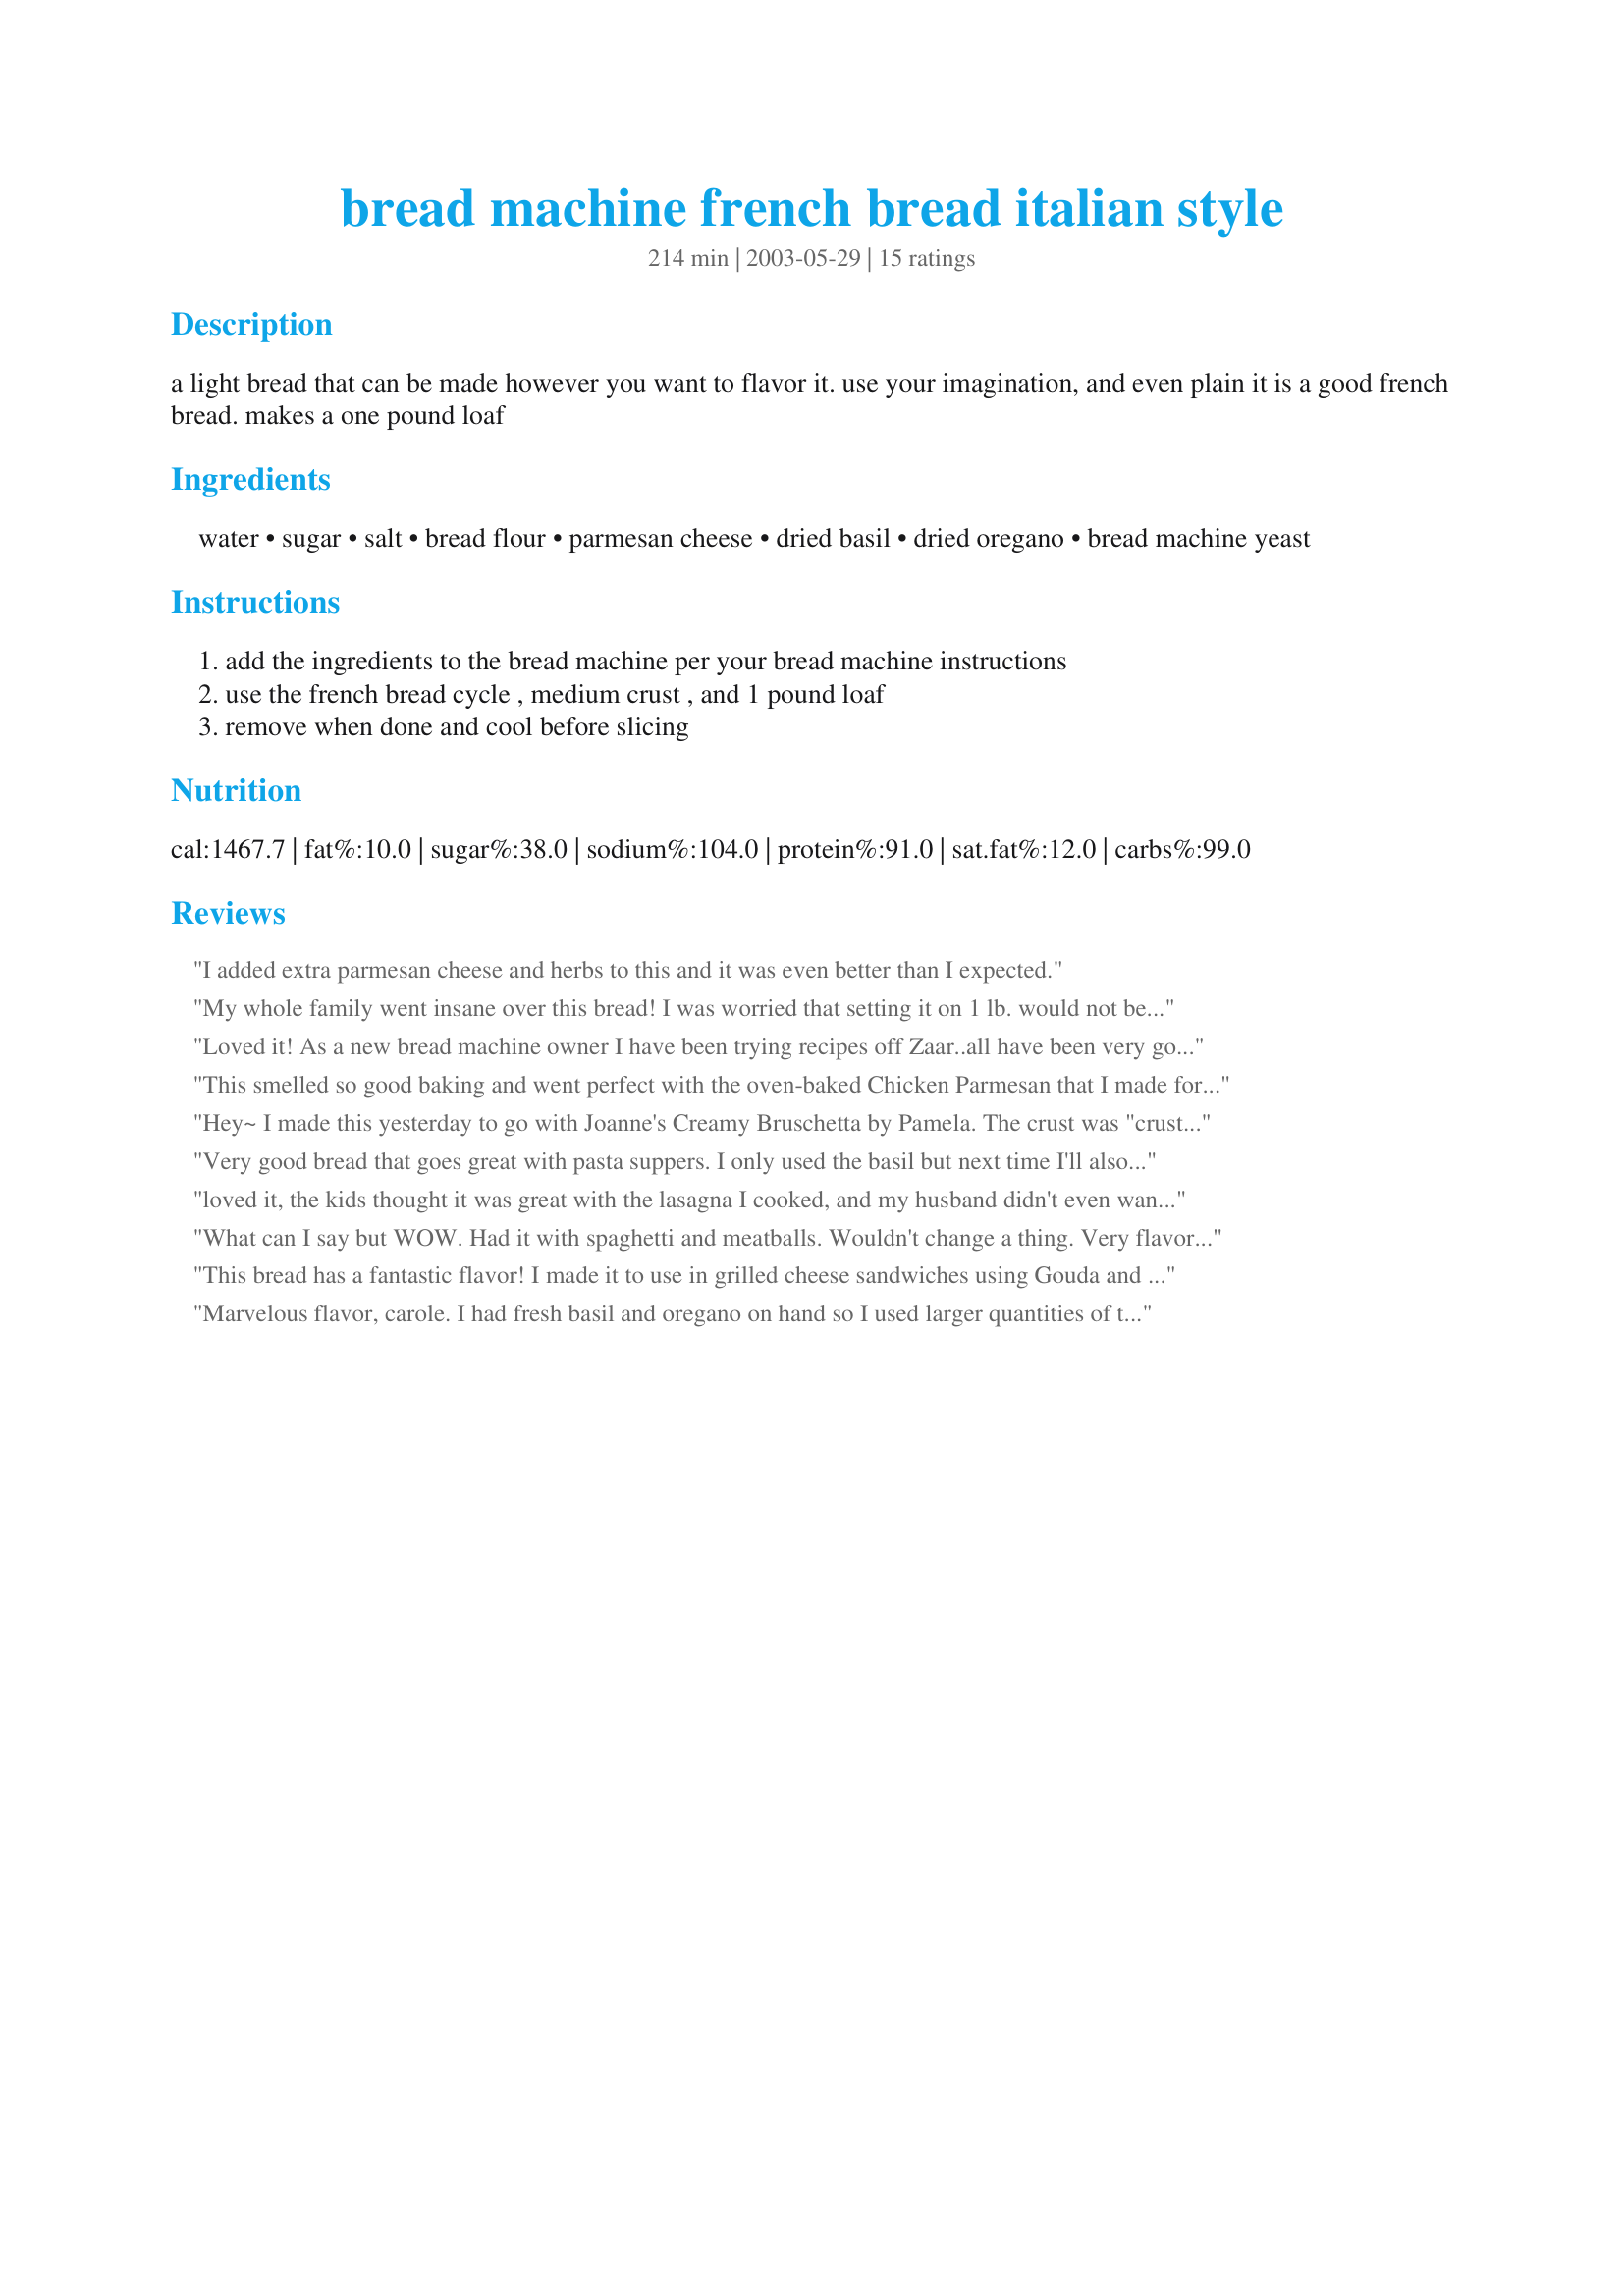
bread machine french bread italian style
Preparation time: 214 minutes

a light bread that can be made however you want to flavor it. use your imagination, and even plain it is a good french bread. makes a one pound loaf

Ingredients:
water, sugar, salt, bread flour, parmesan cheese, dried basil, dried oregano, bread machine yeast

Steps:
add the ingredients to the bread machine per your bread machine instructions, use the french bread cycle , medium crust , and 1 pound loaf, remove when done and cool before slicing

Reviews:
I added extra parmesan cheese and herbs to this and it was even better than I expected.
My whole family went insane over this bread! I was worried that setting it on 1 lb. would not be right...just seemed like too much flour for a 1 lb. loaf, but it worked out fine. It's a small, dense loaf with a wonderfully crispy crust. My load didn't brown very much on top, but I think that's my bread machine. Other than that, it was PERFECT! Thanks!
Loved it! As a new bread machine owner I have been trying recipes off Zaar..all have been very good..but this one has been my favourite..I love the crunchy crust and the mild herb flavour. Excellent recipe.
This smelled so good baking and went perfect with the oven-baked Chicken Parmesan that I made for dinner. It&#039;d also rock as a dough to make mini-hoagies for meatball sandwiches.
Hey~
I made this yesterday to go with Joanne's Creamy Bruschetta by Pamela. The crust was "crusty", but that's how we like it-perfect! I also doubled the parmesan. Thanks for posting!

Di
Very good bread that goes great with pasta suppers. I only used the basil but next time I'll also use the oregano. Thanks for sharing this keeper bread recipe that we'll be having often.
loved it, the kids thought it was great with the lasagna I cooked, and my husband didn't even want to open the store bought bread..
What can I say but WOW. Had it with spaghetti and meatballs. Wouldn't change a thing. Very flavorable crusty bread. Thanks for the great recipe. A keeper.
This bread has a fantastic flavor! I made it to use in grilled cheese sandwiches using Gouda and tomatoes and they turned out fabulous! The herbs in the bread were so flavorful. I only wish my bread machine could make a larger loaf of this! I will be making this again very soon.
Marvelous flavor, carole. I had fresh basil and oregano on hand so I used larger quantities of that and it worked beautifully. I also doubled the parmesan. The crust was a little overcooked in my machine so I'll bake it less next time. Apparently bread machines vary in their setting choices. Dh went nuts for this.
I got a huge hug because of this bread! Nice and flavorful.
Didn't change a thing and won't the next time I make this. Was delicious!! Thanks.
Excellent bread! I too was concerned about 3 cups of flour on a one-pound setting, but it was perfect. I made it exactly as specified and it was a huge hit.
Pretty good bread! The crust came out alittle harder than what we expected and the taste we thought was just a bit over powering. All in all it was ok. 
Very easy to make in a bread machine. Thanks for sharing!
Very Good! It went great with #21706 Crockpot Lasagna! My DH raved about it. A very nice change for pasta dishes.
Thanks Carole for a great bread machine recipe.
